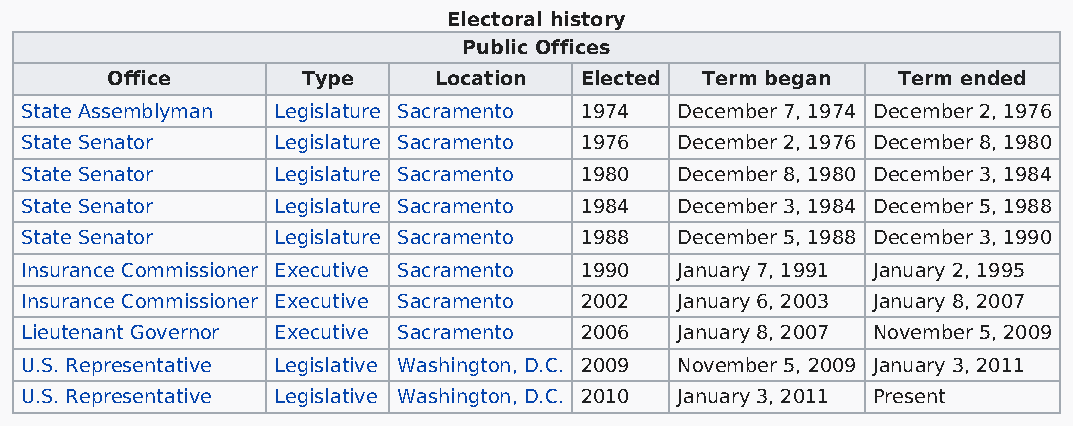
Electoral history
 Public Offices
 Office       Type     Location Elected Term began   Term ended
 State Assemblyman Legislature Sacramento 1974 December 7, 1974 December 2, 1976
 State Senator    Legislature Sacramento 1976 December 2, 1976 December 8, 1980
 State Senator    Legislature Sacramento 1980 December 8, 1980 December 3, 1984
 State Senator    Legislature Sacramento 1984 December 3, 1984 December 5, 1988
 State Senator    Legislature Sacramento 1988 December 5, 1988 December 3, 1990
 Insurance Commissioner Executive Sacramento 1990 January 7, 1991 January 2, 1995
 Insurance Commissioner Executive Sacramento 2002 January 6, 2003 January 8, 2007
 Lieutenant Governor Executive Sacramento 2006 January 8, 2007 November 5, 2009
 U.S. Representative Legislative Washington, D.C. 2009 November 5, 2009 January 3, 2011
 U.S. Representative Legislative Washington, D.C. 2010 January 3, 2011 Present